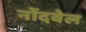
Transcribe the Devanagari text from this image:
नोंदवेल